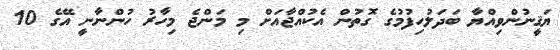
ޔަޤީނުންވިއްޔާ ބަދަލުހިފުމުގެ ގޮތުން އެކުއްޖާއަށް މި މަންޖެ މިހާރު ހުންނާނީ އޭގެ 10